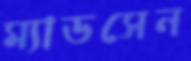
ম্যাডসেন